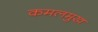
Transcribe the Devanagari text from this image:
कमलमुख